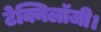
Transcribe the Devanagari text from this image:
टेक्निलॉजी।